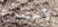
لاجتماع